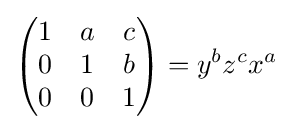
{\begin{pmatrix}1&a&c\\0&1&b\\0&0&1\end{pmatrix}}=y^{b}z^{c}x^{a}